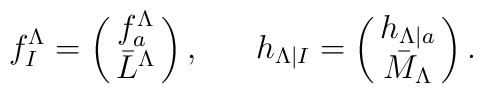
f^{\Lambda}_I=\left(\matrix{f^{\Lambda}_a\cr \bar{L}^{\Lambda}}\right), \ \ \ \ \ h_{\Lambda|I}=\left(\matrix{h_{\Lambda|a}\cr \bar{M}_{\Lambda}}\right).